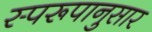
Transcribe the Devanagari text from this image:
स्परूपानुसार